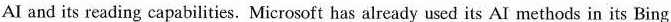
AI and its reading capabilities. Microsoft has already used its AI methods in its Bing